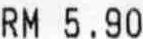
RM 5.90